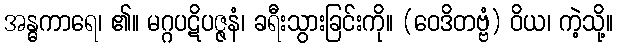
အန္ဓကာရေ၊ ၏။ မဂ္ဂပဋိပဇ္ဇနံ၊ ခရီးသွားခြင်းကို။ (ဝေဒိတဗ္ဗံ) ဝိယ၊ ကဲ့သို့။